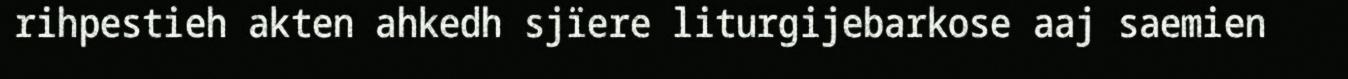
rihpestieh akten ahkedh sjïere liturgijebarkose aaj saemien